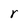
Character: r